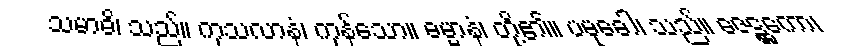
သမာဓိ၊ သည်။ ကုသလာနံ၊ ကုန်သော။ ဓမ္မာနံ၊ တို့၏။ ပမုခေါ၊ သည်။ ဇေဋ္ဌကော၊